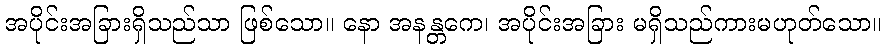
အပိုင်းအခြားရှိသည်သာ ဖြစ်သော။ နော အနန္တကေ၊ အပိုင်းအခြား မရှိသည်ကားမဟုတ်သော။